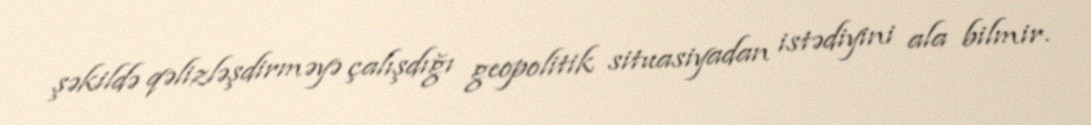
şəkildə qəlizləşdirməyə çalışdığı geopolitik situasiyadan istədiyini ala bilmir.